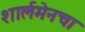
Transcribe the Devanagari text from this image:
शार्लमेनचा